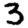
Digit: 3